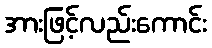
အားဖြင့်လည်းကောင်း